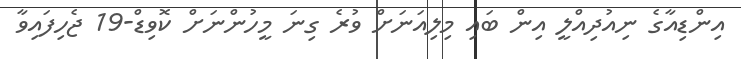
އިންޑިއާގެ ނިއުދިއްލީ އިން ބައި މިލިއަނަށް ވުރެ ގިނަ މީހުންނަށް ކޮވިޑް-19 ޖެހިފައިވާ